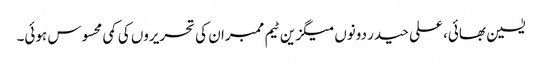
یٰسین بھائی، علی حیدر دونوں میگزین ٹیم ممبران کی تحریروں کی کمی محسوس ہوئی۔